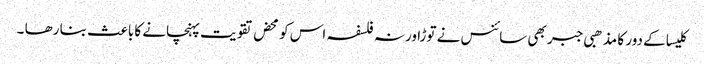
کلیسا کے دور کا مذھبی جبر بھی سائنس نے توڑا ورنہ فلسفہ اس کو محض تقویت پہنچانے کا باعث بنا رھا ۔